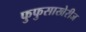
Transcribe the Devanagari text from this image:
फुफुसाखेरीज